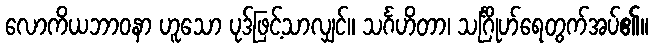
လောကိယဘာဝနာ ဟူသော ပုဒ်ဖြင့်သာလျှင်။ သင်္ဂဟိတာ၊ သင်္ဂြိုဟ်ရေတွက်အပ်၏။